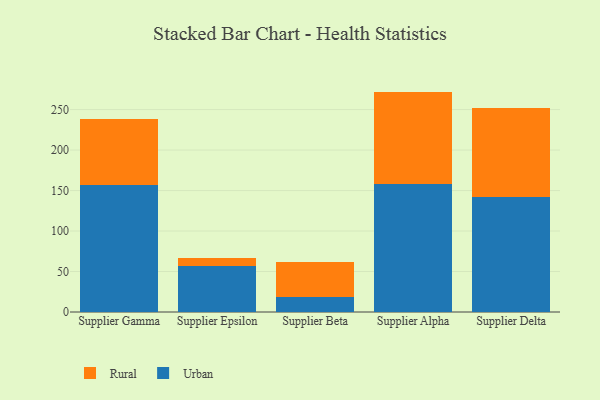
{"axis": {"x": "Supplier", "y": "Temperature (°C)"}, "legend": ["Rural", "Urban"], "data": [{"x": "Supplier Gamma", "y": 156.6, "type": "Urban"}, {"x": "Supplier Gamma", "y": 81.5, "type": "Rural"}, {"x": "Supplier Epsilon", "y": 56.4, "type": "Urban"}, {"x": "Supplier Epsilon", "y": 9.8, "type": "Rural"}, {"x": "Supplier Beta", "y": 18.6, "type": "Urban"}, {"x": "Supplier Beta", "y": 43.5, "type": "Rural"}, {"x": "Supplier Alpha", "y": 157.6, "type": "Urban"}, {"x": "Supplier Alpha", "y": 114.6, "type": "Rural"}, {"x": "Supplier Delta", "y": 142.1, "type": "Urban"}, {"x": "Supplier Delta", "y": 110.2, "type": "Rural"}]}